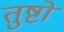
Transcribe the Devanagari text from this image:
तुष्टो